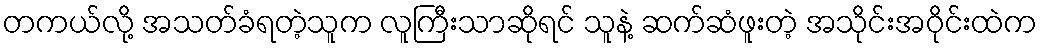
တကယ်လို့ အသတ်ခံရတဲ့သူက လူကြီးသာဆိုရင် သူနဲ့ ဆက်ဆံဖူးတဲ့ အသိုင်းအဝိုင်းထဲက